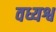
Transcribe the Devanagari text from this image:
वध्यश्व